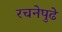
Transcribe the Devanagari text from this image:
रचनेपुढे